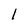
Character: 1